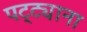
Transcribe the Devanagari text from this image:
पट्ट्याना